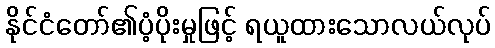
နိုင်ငံတော်၏ပံ့ပိုးမှုဖြင့် ရယူထားသောလယ်လုပ်